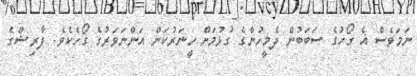
ނަމަވެސް އެ ގޯހުގެ ސަބަބުން ދެމީހުންގެ ގުޅުމަށް ހީނަރުކަން އަންނަވަރުގެ ގޯހެކެވެ. ފާރިޝްގެ